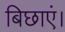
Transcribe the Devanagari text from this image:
बिछाएं।